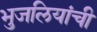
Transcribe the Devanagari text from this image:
भुजलियांची